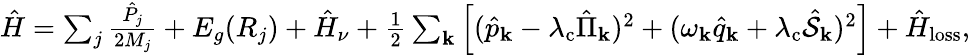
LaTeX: \begin{array}{r}{\hat{H}=\sum_{j}\frac{\hat{P}_{j}}{2M_{j}}+E_{g}(R_{j})+\hat{H}_{\nu}+\frac{1}{2}\sum_{\mathbf{k}}\left[(\hat{p}_{\mathbf k}-\lambda_{\mathrm{c}}\hat{\Pi}_{\mathbf{k}})^{2}+(\omega_{\mathbf k}\hat{q}_{\mathbf k}+\lambda_{\mathrm{c}}\hat{\mathcal{S}}_{\mathbf{k}})^{2}\right]+\hat{H}_{\mathrm{loss}},}\end{array}